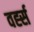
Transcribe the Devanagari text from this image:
वर्ह्स